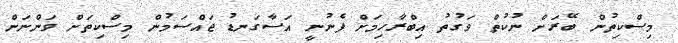
މިސްކިތުން ބޭރަށް ނުކުތް ވަގުތު އިބްރާހިމަށް ފެނުނީ އަސާގަނޑު ޖައްސަމުން މިސްކިތަށް ވަންނަން